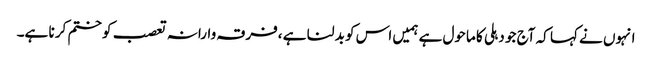
انہوں نے کہا کہ آج جو دہلی کا ماحول ہے ہمیں اس کو بد لنا ہے ،فرقہ وارانہ تعصب کو ختم کر نا ہے۔